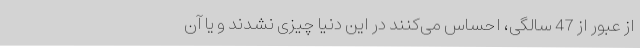
از عبور از 47 سالگی، احساس می‌کنند در این دنیا چیزی نشدند و یا آن